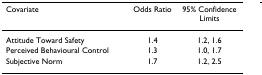
<table><thead><tr><td><b>Covariate</b></td><td><b>Odds Ratio</b></td><td><b>95% Confidence Limits</b></td></tr></thead><tbody><tr><td>Attitude Toward Safety</td><td>1.4</td><td>1.2, 1.6</td></tr><tr><td>Perceived Behavioural Control</td><td>1.3</td><td>1.0, 1.7</td></tr><tr><td>Subjective Norm</td><td>1.7</td><td>1.2, 2.5</td></tr></tbody></table>